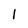
Character: l